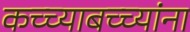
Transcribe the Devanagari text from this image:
कच्च्याबच्च्यांना